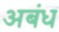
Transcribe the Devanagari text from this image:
अबंध